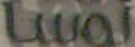
Lwal